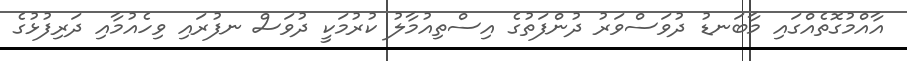
އާއްމުގޮތެއްގައި މާބަނޑު ދުވަސްވަރު ދުންފަތުގެ އިސްތިއުމާލު ކުރުމަކީ ދުވަސް ނފުރައި ވިހެއުމާއި ދަރިފުޅުގެ